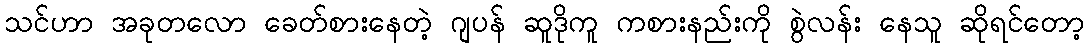
သင်ဟာ အခုတလော ခေတ်စားနေတဲ့ ဂျပန် ဆူဒိုကူ ကစားနည်းကို စွဲလန်း နေသူ ဆိုရင်တော့